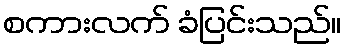
စကားလက် ခံပြင်းသည်။